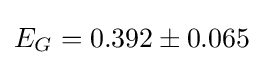
E_{G}=0.392\pm {0.065}